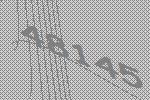
48145